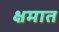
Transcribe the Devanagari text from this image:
क्षमात